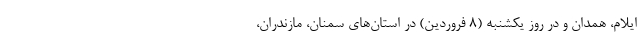
ایلام، همدان و در روز یکشنبه (۸ فروردین) در استان‌های سمنان، مازندران،